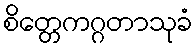
စိတ္တေကဂ္ဂတာသုခံ